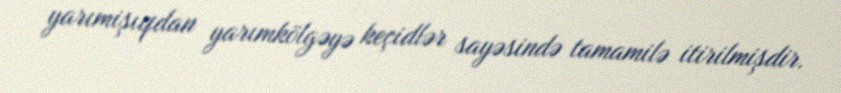
yarımişıqdan yarımkölgəyə keçidlər sayəsində tamamilə itirilmişdir.